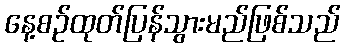
နေ့စဉ်ထုတ်ပြန်သွားမည်ဖြစ်သည်